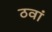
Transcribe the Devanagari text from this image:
ठवां